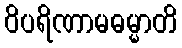
ဝိပရိဏာမဓမ္မာတိ